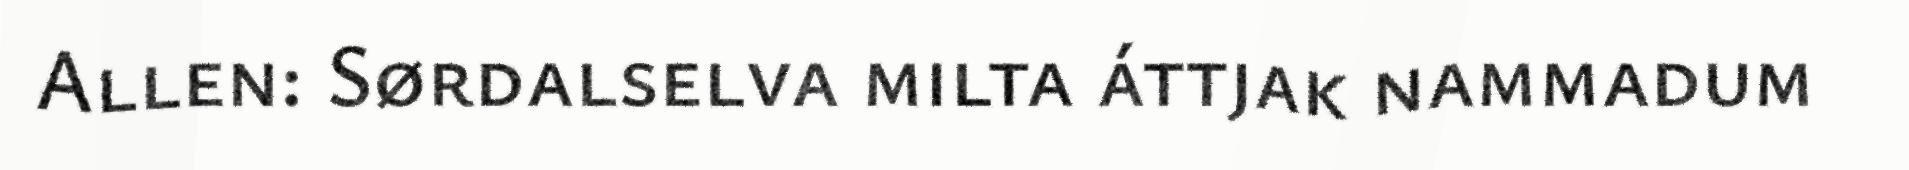
Allen: Sørdalselva milta áttjak nammadum